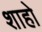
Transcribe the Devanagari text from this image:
शाहो